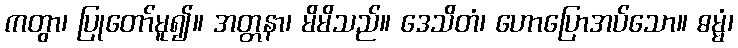
ကတွာ၊ ပြုတော်မူ၍။ အတ္တနာ၊ မိမိသည်။ ဒေသိတံ၊ ဟောပြောအပ်သော။ ဓမ္မံ၊